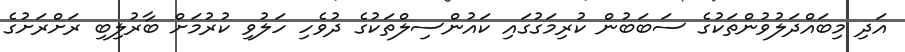
އަދި މިބައްދަލުވުންތަކުގެ ސަބަބުން ކުރިމަގުގައި ކައުންސިލްތަކުގެ ދުވެހި ހަލުވި ކުރުމަށް ބާރުލިބި ރަށްރަށުގެ